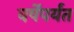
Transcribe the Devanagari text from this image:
वर्षेंपर्यंत